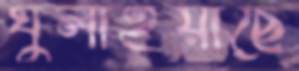
ঘুলাইয়াছে